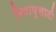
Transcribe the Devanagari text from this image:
विषाणूसाठी